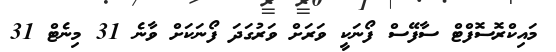
މައިކްރޮސޮފްޓް ސާފޭސް ފޯނަކީ ވަރަށް ވަރުގަދަ ފޯނަކަށް ވާނެ 31 މިނެޓް 31